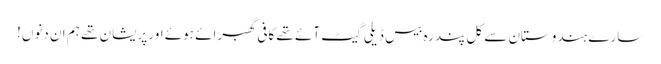
سارے ہندوستان سے کل پندرہ بیس ڈیلی گیٹ آئے تھے کافی گھبرائے ہوئے اور پریشان تھے ہم ان دنوں!